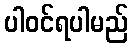
ပါဝင်ရပါမည်